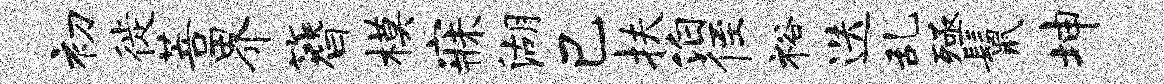
初徙菩界簪模寐湖己扶泊侄裕迭乱殛鬣坤